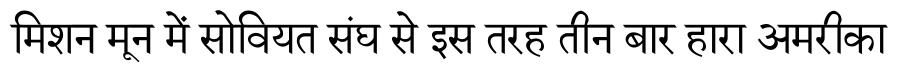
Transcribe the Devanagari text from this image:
मिशन मून में सोवियत संघ से इस तरह तीन बार हारा अमरीका